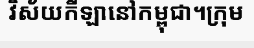
វិស័យកីឡានៅកម្ពុជា។ក្រុម